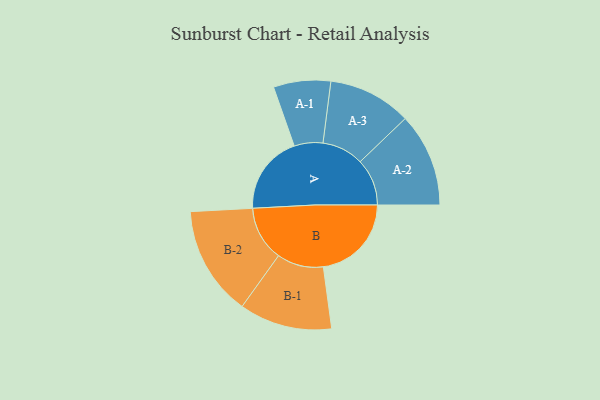
{"axis": {"x": "Segment", "y": "Value"}, "legend": ["", "A", "B"], "data": [{"x": "A", "y": 375, "type": ""}, {"x": "B", "y": 419, "type": ""}, {"x": "A-1", "y": 136, "type": "A"}, {"x": "A-2", "y": 223, "type": "A"}, {"x": "A-3", "y": 198, "type": "A"}, {"x": "B-1", "y": 221, "type": "B"}, {"x": "B-2", "y": 261, "type": "B"}]}